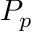
P _ { p }